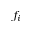
f _ { i }